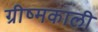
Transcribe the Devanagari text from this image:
ग्रीष्मकाली